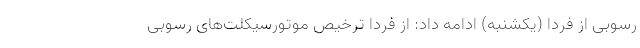
رسوبی از فردا (یکشنبه) ادامه داد: از فردا ترخیص موتورسیکلت‌های رسوبی